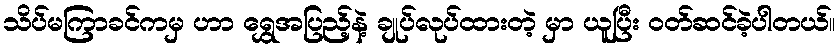
သိပ်မကြာခင်ကမှ ဟာ ရွှေအပြည့်နဲ့ ချုပ်လုပ်ထားတဲ့ မှာ ယူပြီး ဝတ်ဆင်ခဲ့ပါတယ်။